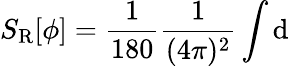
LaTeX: S_{\mathrm{R}}[\phi]=\frac{1}{180}\frac{1}{(4\pi)^{2}}\int\mathrm{d}